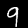
Digit: 9